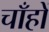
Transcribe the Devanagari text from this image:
चाँहों